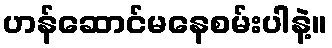
ဟန်ဆောင်မနေစမ်းပါနဲ့။